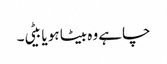
چاہے وہ بیٹا ہو یا بیٹی۔